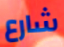
شارع